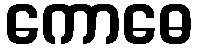
ကောဓေ